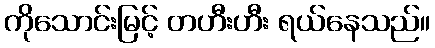
ကိုသောင်းမြင့် တဟီးဟီး ရယ်နေသည်။